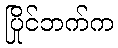
ပြိုင်ဘက်က